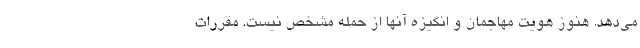
می‌دهد. هنوز هویت مهاجمان و انگیزه آنها از حمله مشخص نیست. مقررات